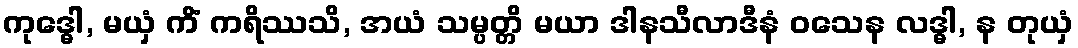
ကုဒ္ဓေါ, မယှံ ကိံ ကရိဿသိ, အယံ သမ္ပတ္တိ မယာ ဒါနသီလာဒီနံ ဝသေန လဒ္ဓါ, န တုယှံ